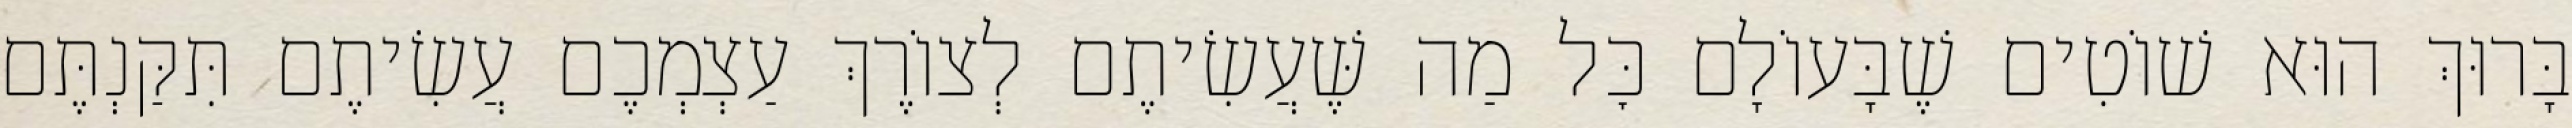
בָּרוּךְ הוּא שׁוֹטִים שֶׁבָּעוֹלָם כׇּל מַה שֶּׁעֲשִׂיתֶם לְצוֹרֶךְ עַצְמְכֶם עֲשִׂיתֶם תִּקַּנְתֶּם